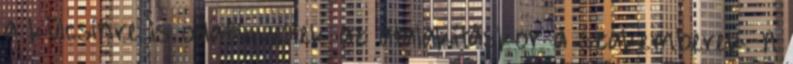
a külcsínre is odafigyeltek az átalakításkor a szakemberek. A